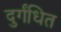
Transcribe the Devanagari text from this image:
दुर्गंधित